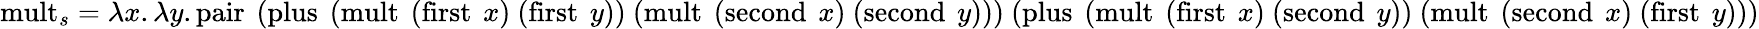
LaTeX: \operatorname{mult}_{s}=\lambda x.\lambda y.\operatorname{pair}\ (\operatorname{plus}\ (\operatorname{mult}\ (\operatorname{first}\ x)\ (\operatorname{first}\ y))\ (\operatorname{mult}\ (\operatorname{second}\ x)\ (\operatorname{second}\ y)))\ (\operatorname{plus}\ (\operatorname{mult}\ (\operatorname{first}\ x)\ (\operatorname{second}\ y))\ (\operatorname{mult}\ (\operatorname{second}\ x)\ (\operatorname{first}\ y)))